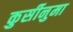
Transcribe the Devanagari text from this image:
कुर्सीनुमा